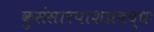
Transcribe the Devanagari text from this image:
कुसंसारपाशप्रबद्धः